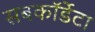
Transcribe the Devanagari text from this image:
सबकॉर्डेटा